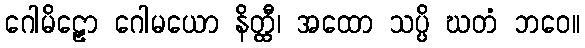
ဂေါမိဠှော ဂေါမယော နိတ္ထီ၊ အထော သပ္ပိ ဃတံ ဘဝေ။